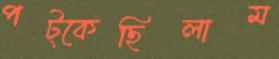
পট্‌কেছিলাম